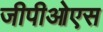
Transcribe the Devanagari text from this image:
जीपीओएस